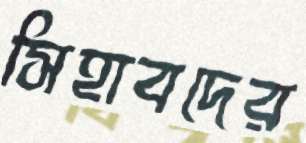
সিহাবদের